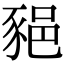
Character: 𨛛